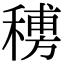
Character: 𥡨